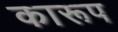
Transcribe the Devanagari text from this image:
कारूप